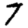
Digit: 7